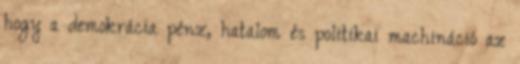
hogy a demokrácia pénz, hatalom és politikai machináció az